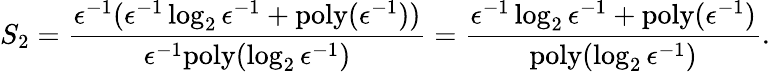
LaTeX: S_{2}=\frac{\epsilon^{-1}(\epsilon^{-1}\log_{2}\epsilon^{-1}+\mathrm{poly}(\epsilon^{-1}))}{\epsilon^{-1}\mathrm{poly}(\log_{2}\epsilon^{-1})}=\frac{\epsilon^{-1}\log_{2}\epsilon^{-1}+\mathrm{poly}(\epsilon^{-1})}{\mathrm{poly}(\log_{2}\epsilon^{-1})}.